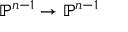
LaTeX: \mathbb { P } ^ { n - 1 } \to \mathbb { P } ^ { n - 1 }